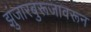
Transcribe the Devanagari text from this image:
झुंजारबुरूजावरून